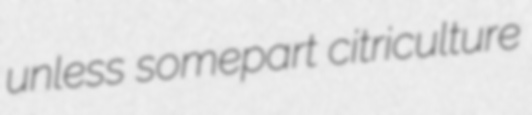
unless somepart citriculture